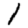
Digit: 1